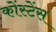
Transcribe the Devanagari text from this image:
कोंस्टेंस